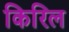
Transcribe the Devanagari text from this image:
किरिल